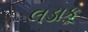
લડાકૂ